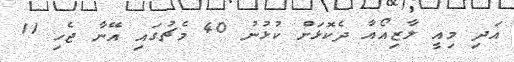
އަދި މިއީ ލާޒިއޯއާ ދެކޮޅަށް ކުޅުނު 40 މެޗުގައި އޭނާ ޖެހި 11